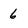
Character: 6